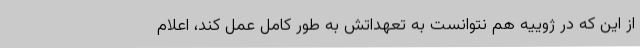
از این که در ژوییه هم نتوانست به تعهداتش به طور کامل عمل کند، اعلام